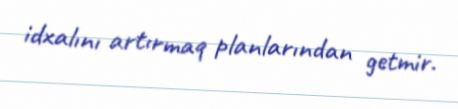
idxalını artırmaq planlarından getmir.